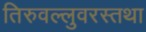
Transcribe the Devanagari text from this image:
तिरुवल्लुवरस्तथा